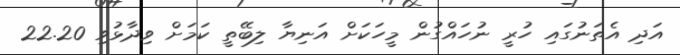
އަދި އެތަނުގައި ހުރީ ނުހައްގުން މީހަކަށް އަނިޔާ ލިބޭތީ ކަމަށް ވިދާޅުވި 22.20